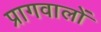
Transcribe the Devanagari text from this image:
प्रागवालों